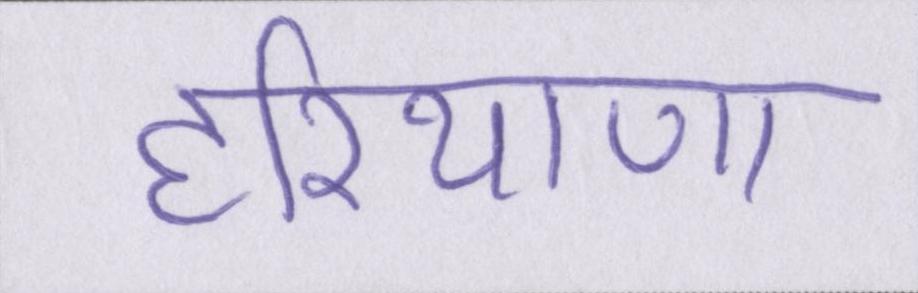
हरियाणा